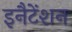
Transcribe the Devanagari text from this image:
इनैटेंशन